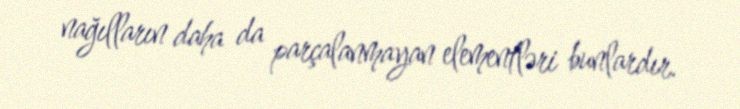
nağılların daha da parçalanmayan elementləri bunlardır.